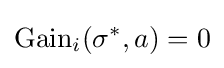
{\text{Gain}}_{i}(\sigma ^{*},a)=0